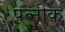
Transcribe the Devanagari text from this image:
पत्नीक